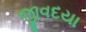
જીવદયા